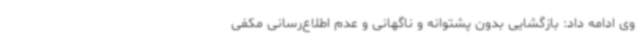
وی ادامه داد: بازگشایی بدون پشتوانه و ناگهانی و عدم اطلاع‌رسانی مکفی